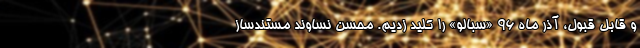
و قابل قبول، آذر ماه 96 «سبالو» را کلید زدیم. محسن نساوند مستندساز